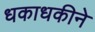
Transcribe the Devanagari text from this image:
धकाधकीने